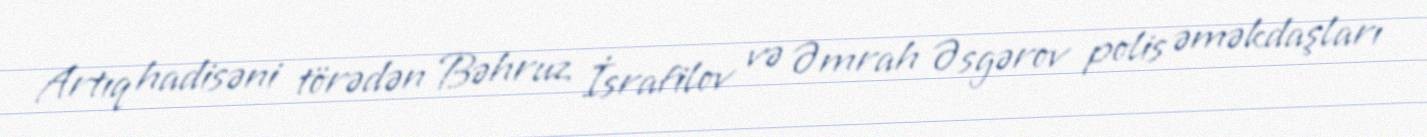
Artıq hadisəni törədən Bəhruz İsrafilov və Əmrah Əsgərov polis əməkdaşları